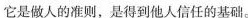
它是做人的准则，是得到他人信任的基。